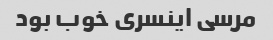
مرسی اینسری خوب بود